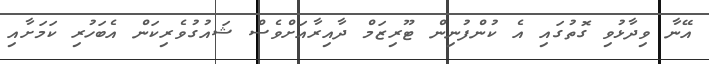
އޭނާ ވިދާޅުވި ގޮތުގައި އެ ކުންފުނިން ޓޫރިޒަމް ދާއިރާއަށްވެސް ޝައުގުވެރިކަން އެބަހުރި ކަމަށާއި